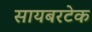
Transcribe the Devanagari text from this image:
सायबरटेक